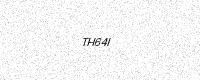
Text: TH64I